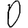
Digit: 0